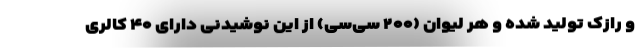
و رازک تولید شده و هر لیوان (۲۰۰ سی‌سی) از این نوشیدنی دارای ۴۰ کالری